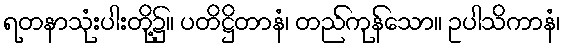
ရတနာသုံးပါးတို့၌။ ပတိဋ္ဌိတာနံ၊ တည်ကုန်သော။ ဥပါသိကာနံ၊